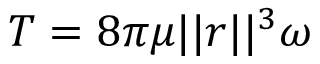
\boldsymbol { T } = 8 \pi \mu | | \boldsymbol { r } | | ^ { 3 } \boldsymbol { \omega }